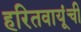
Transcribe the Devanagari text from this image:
हरितवायूंची